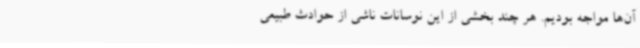
آن‌ها مواجه بودیم. هر چند بخشی از این نوسانات ناشی از حوادث طبیعی